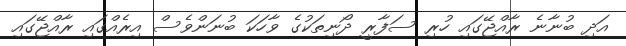
އަދި ބުނާނެ ރާއްޖޭގައި ހުރި ސަފާރީ ދޯނިތަކުގެ ވާހަކަ ބުނަންވެސް އިރެއްގައި ރާއްޖޭގައި